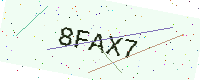
Text: 8FAX7